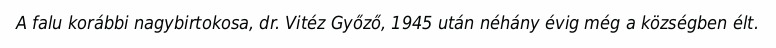
A falu korábbi nagybirtokosa, dr. Vitéz Győző, 1945 után néhány évig még a községben élt.